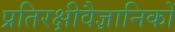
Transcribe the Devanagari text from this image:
प्रतिरक्षीवैज्ञानिकों